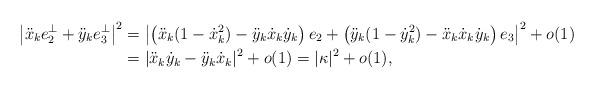
LaTeX: \begin{align*} \left|\ddot x_ke_2^\perp+\ddot y_ke_3^\perp\right|^2 &= \left|\left( \ddot x_k(1-\dot x_k^2)-\ddot y_k \dot x_k\dot y_k \right) e_2 + \left( \ddot y_k(1-\dot y_k^2)-\ddot x_k\dot x_k\dot y_k \right) e_3 \right|^2+o(1)\\ &=|\ddot x_k\dot y_k - \ddot y_k\dot x_k|^2+o(1)=|\kappa|^2+o(1), \end{align*}